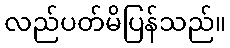
လည်ပတ်မိပြန်သည်။